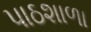
પાઠશાળા